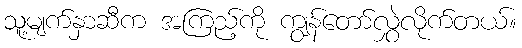
သူ့မျက်နှာဆီက အကြည့်ကို ကျွန်တော်လွှဲလိုက်တယ်။